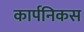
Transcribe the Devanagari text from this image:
कार्पनिकस